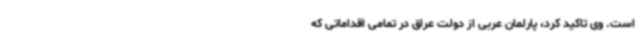
است. وی تاکید کرد، پارلمان عربی از دولت عراق در تمامی اقداماتی که